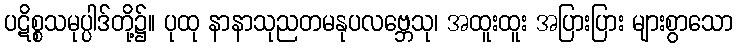
ပဋိစ္စသမုပ္ပါဒ်တို့၌။ ပုထု နာနာသုညတမနုပလဗ္ဘေသု၊ အထူးထူး အပြားပြား များစွာသော